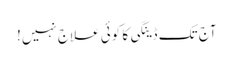
آج تک ڈینگی کا کوئی علاج نہیں!